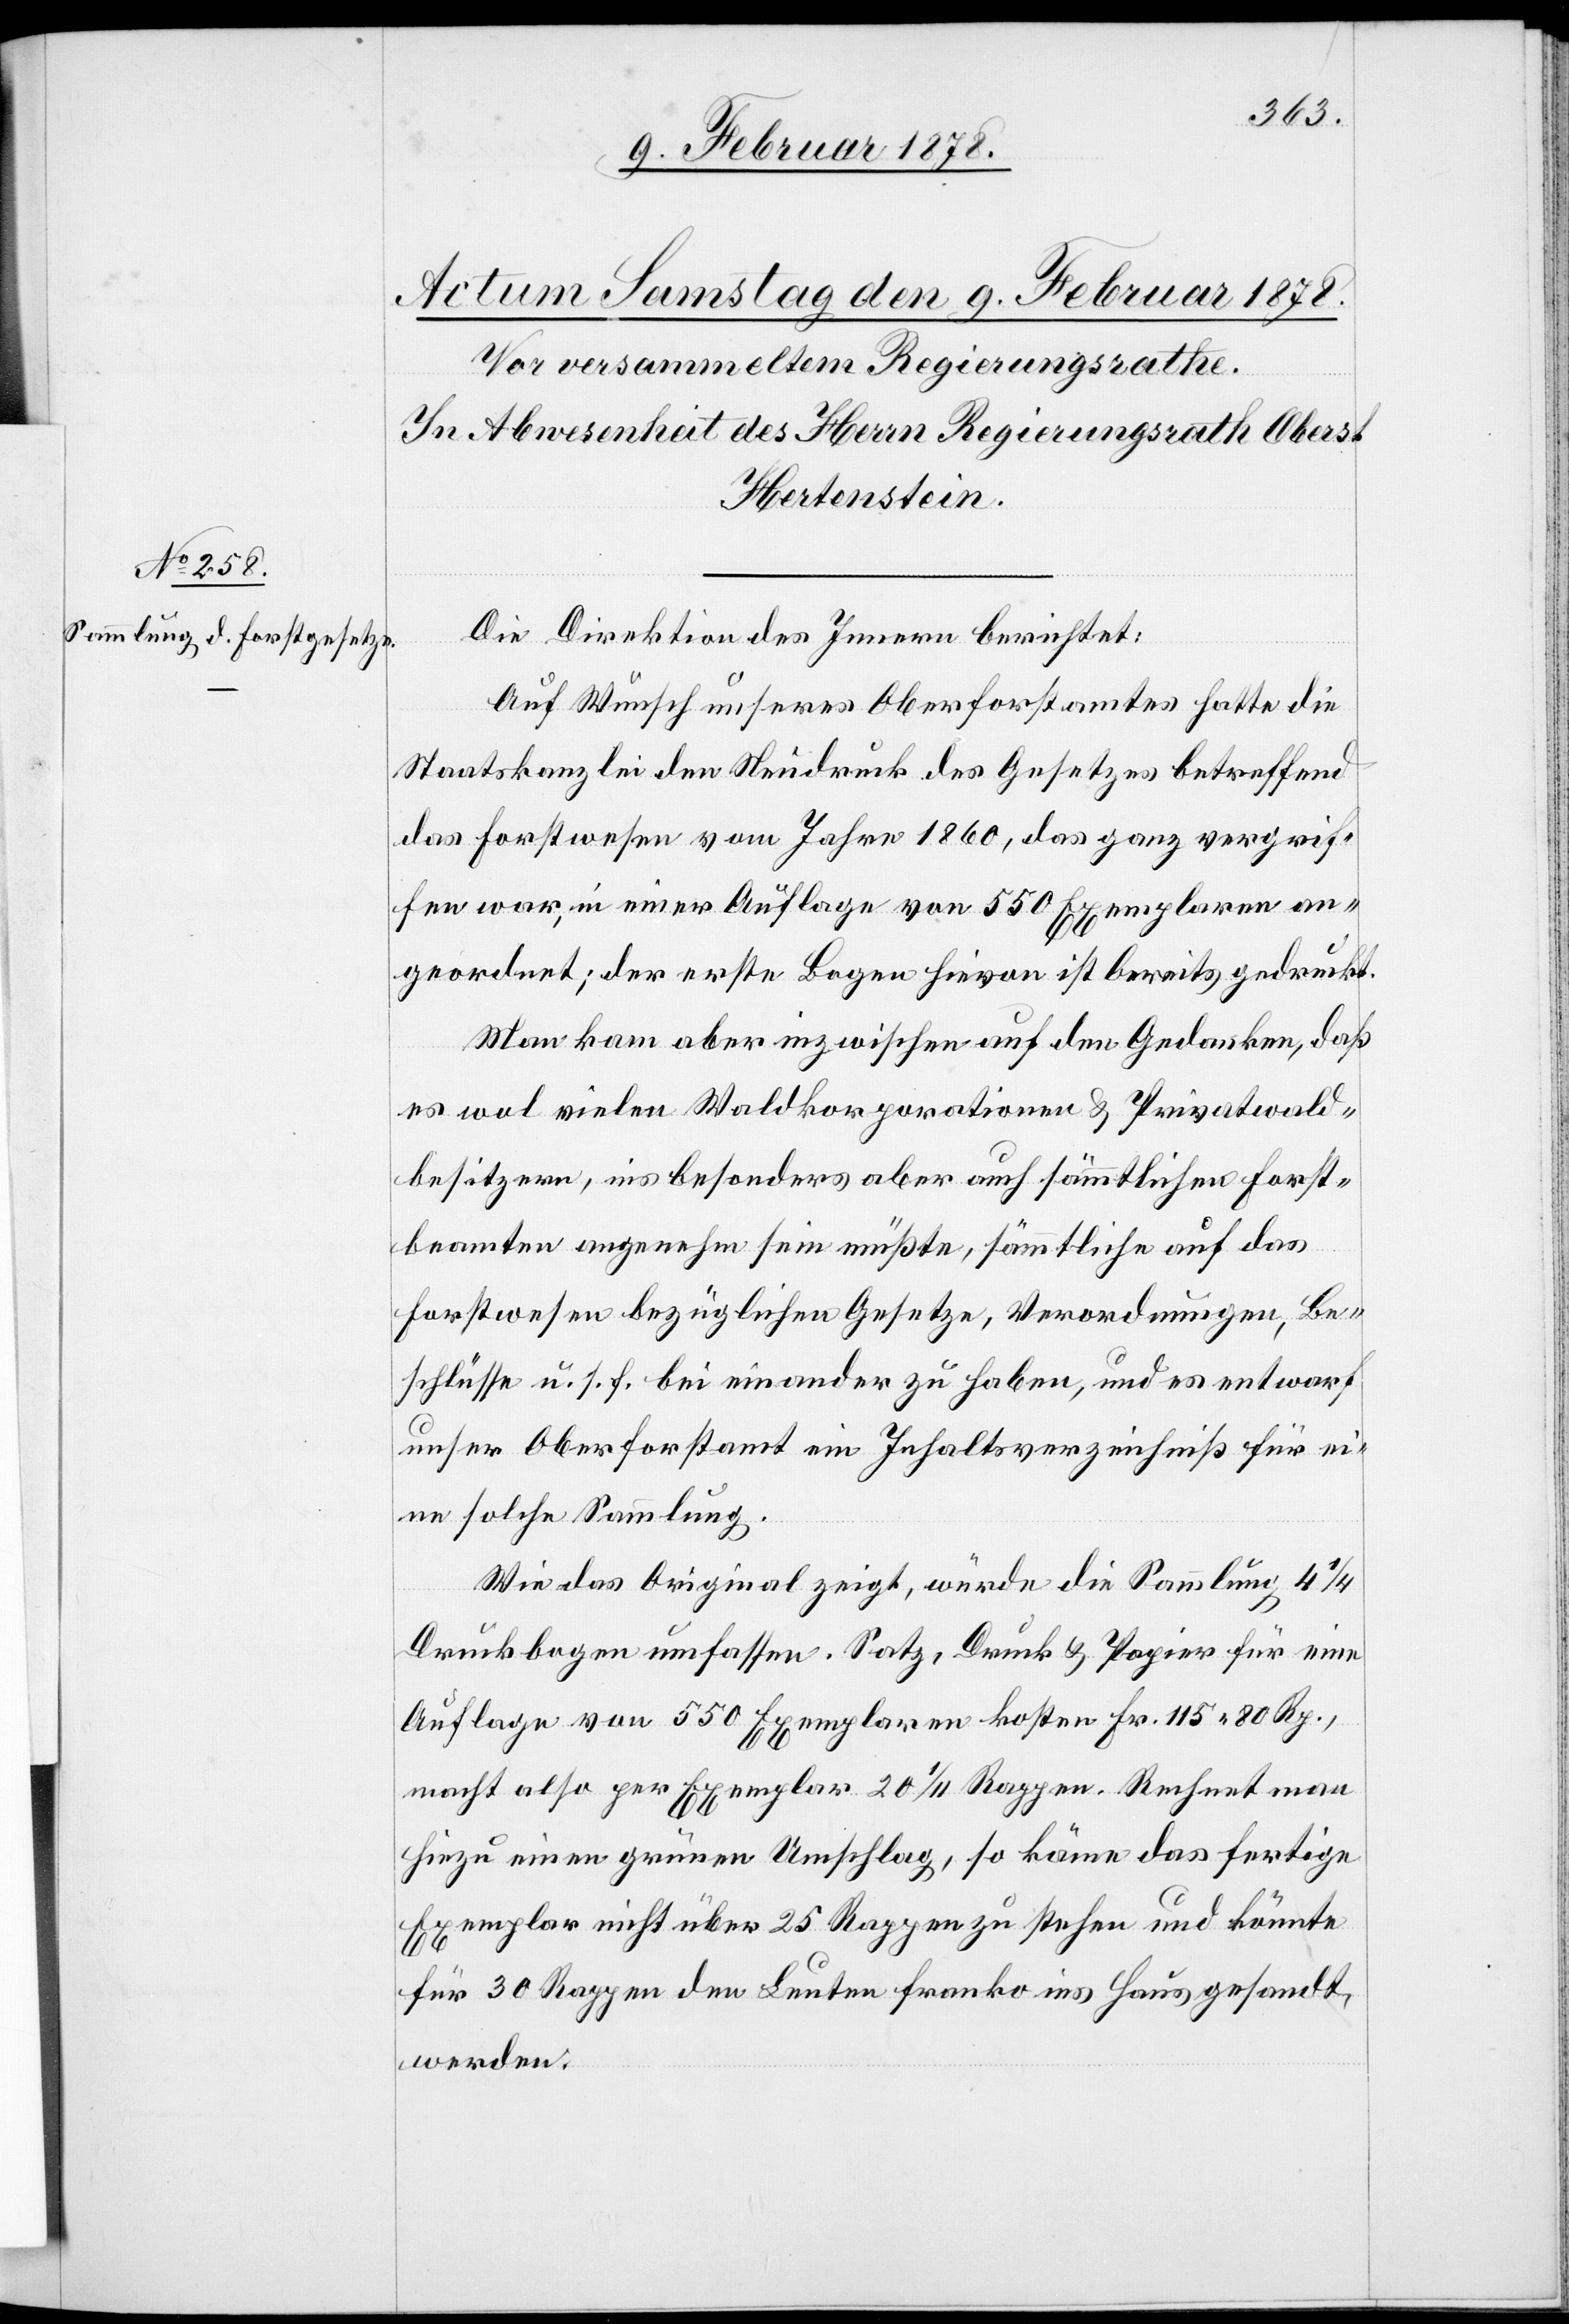
Die Direktion des Innern berichtet:
Auf Wunsch unseres Oberforstamtes hatte die
Staatskanzlei den Neudruck des Gesetzes betreffend
das Forstwesen vom Jahre 1860, das ganz vergrif¬
fen war, in einer Auflage von 550 Exemplaren an¬
geordnet; der erste Bogen hievon ist bereits gedruckt.
Man kam aber inzwischen auf den Gedanken, daß
es wol vielen Waldkorporationen & Privatwald¬
besitzern, ins besonders aber auch sämmtlichen Forst¬
beamten angenehm sein müßte, sämmtliche auf das
Forstwesen bezüglichen Gesetze, Verordnungen, Be¬
schlüsse u. s. f. beieinander zu haben, und es entwarf
unser Oberforstamt ein Inhaltsverzeichniß für ei¬
ne solche Sammlung.
Wie das Original zeigt, würde die Sammlung 4 1/4
Druckbogen umfassen. Satz, Druck & Papier für eine
Auflage von 550 Exemplaren kosten Fr. 115. 80 Rp.,
macht also per Exemplar 20 1/4 Rappen. Rechnet man
hiezu einen grünen Umschlag, so käme das fertige
Exemplar nicht über 25 Rappen zu stehen und könnte
für 30 Rappen den Leuten franko ins Haus gesandt
werden.